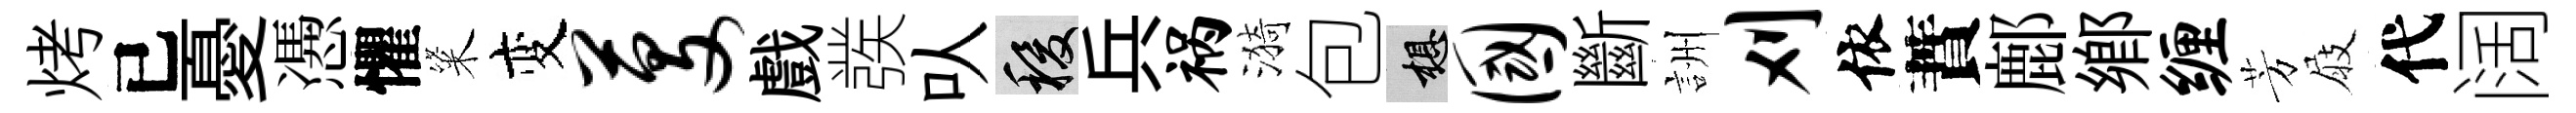
烤已憂慿懼粢变芟戲彂㕥稷兵祸漪包想国斷詶刈依蕡鄜鄉缠芳屐代阔